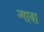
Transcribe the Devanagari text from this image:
न्गावा